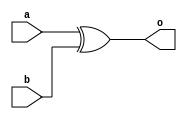
module xor_struct(a, b, o);

input a, b;
output o;

xor(o, a, b);

endmodule